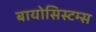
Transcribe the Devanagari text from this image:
बायोसिस्टम्स